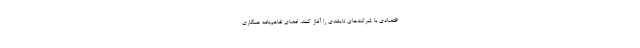
اقتصادی با شرکت‌های تایلندی را آغاز کنند. امضای تفاهم‌نامه همکاری